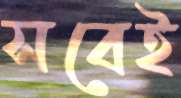
সবেই